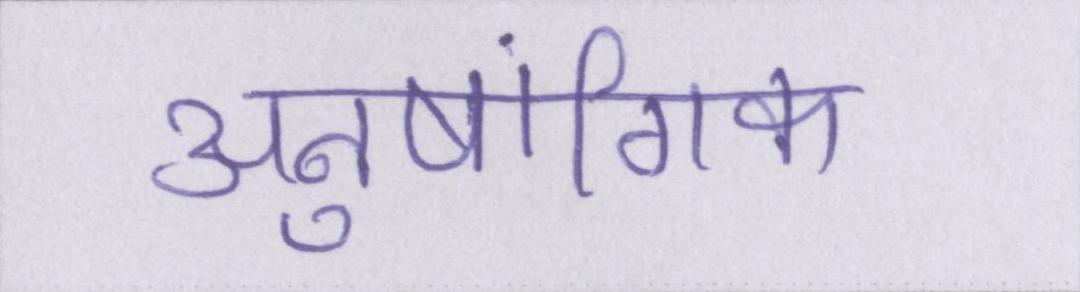
अनुषांगिक